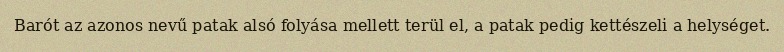
Barót az azonos nevű patak alsó folyása mellett terül el, a patak pedig kettészeli a helységet.